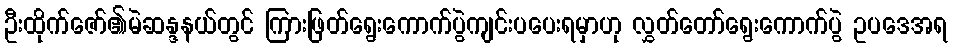
ဦးထိုက်ဇော်၏မဲဆန္ဒနယ်တွင် ကြားဖြတ်ရွေးကောက်ပွဲကျင်းပပေးရမှာဟု လွှတ်တော်ရွေးကောက်ပွဲ ဥပဒေအရ